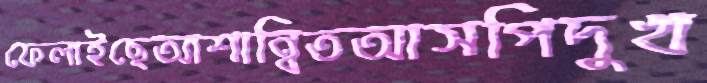
ফেলাইছেআশান্বিতআসপিদুখ